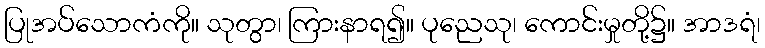
ပြုအပ်သောကံကို။ သုတွာ၊ ကြားနာရ၍။ ပုညေသု၊ ကောင်းမှုတို့၌။ အာဒရံ၊